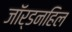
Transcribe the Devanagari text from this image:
जॉर्डनहिल